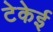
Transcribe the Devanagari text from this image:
टेकेई